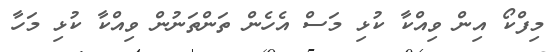
މިފްކޯ އިން ވިއްކާ ކުޅި މަސް އެހެން ތަންތަނުން ވިއްކާ ކުޅި މަހާ